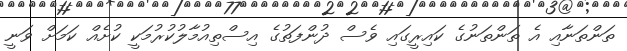
ތަންތަނާއި އެ ތަންތަނުގެ ކައިރީގައި ވެސް ދުންފަތުގެ އިސްތިއުމާލުކުރުމަކީ ކުށެއް ކަމަށް ވަނީ